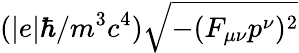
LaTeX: (|e|\hbar/m^{3}c^{4})\sqrt{-(F_{\mu\nu}p^{\nu})^{2}}